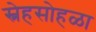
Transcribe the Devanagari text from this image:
स्नेहसोहळा